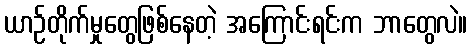
ယာဉ်တိုက်မှုတွေဖြစ်နေတဲ့ အကြောင်းရင်းက ဘာတွေလဲ။